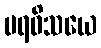
ပရဝိသယေ